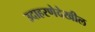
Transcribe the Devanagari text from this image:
उदाहरणेदेखील